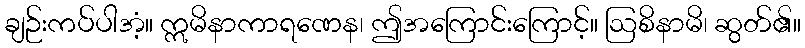
ချဉ်းကပ်ပါအံ့။ ဣမိနာကာရဏေန၊ ဤအကြောင်းကြောင့်။ ဩစိနာမိ၊ ဆွတ်၏။